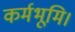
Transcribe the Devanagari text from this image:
कर्मभूमि।